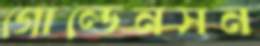
গোল্ডেনসন